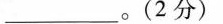
___________________。(2分)